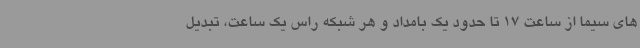
های سیما از ساعت 17 تا حدود یک بامداد و هر شبکه راس یک ساعت، تبدیل